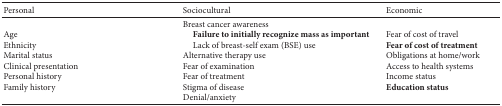
<table><thead><tr><td><b>Personal</b></td><td><b>Sociocultural</b></td><td><b>Economic</b></td></tr></thead><tbody><tr><td>AgeEthnicityMarital statusClinical presentationPersonal historyFamily history</td><td>Breast cancer awareness <b>Failure to initially recognize mass as important</b>Lack of breast-self exam (BSE) useAlternative therapy useFear of examinationFear of treatmentStigma of diseaseDenial/anxiety</td><td>Fear of cost of travel<b>Fear of cost of treatment</b>Obligations at home/workAccess to health systemsIncome status<b>Education status</b></td></tr></tbody></table>